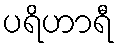
ပရိဟာရီ